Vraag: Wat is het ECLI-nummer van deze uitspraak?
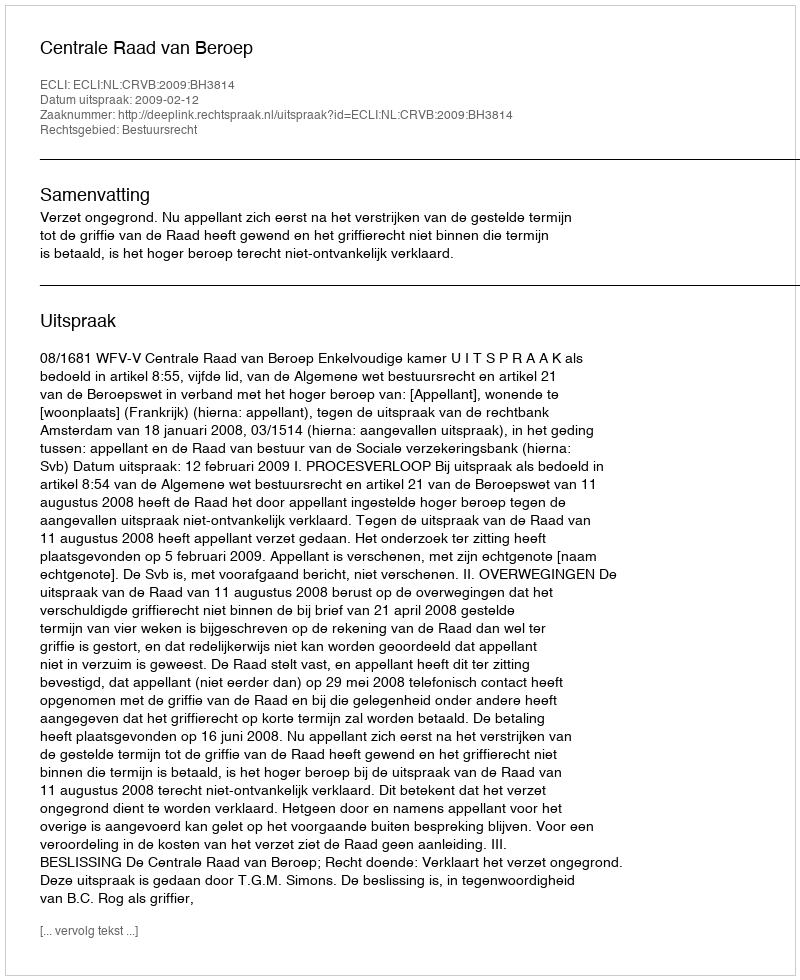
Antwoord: ECLI:NL:CRVB:2009:BH3814